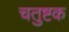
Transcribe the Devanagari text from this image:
चतुष्टक